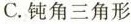
C.钝角三角形